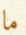
ما